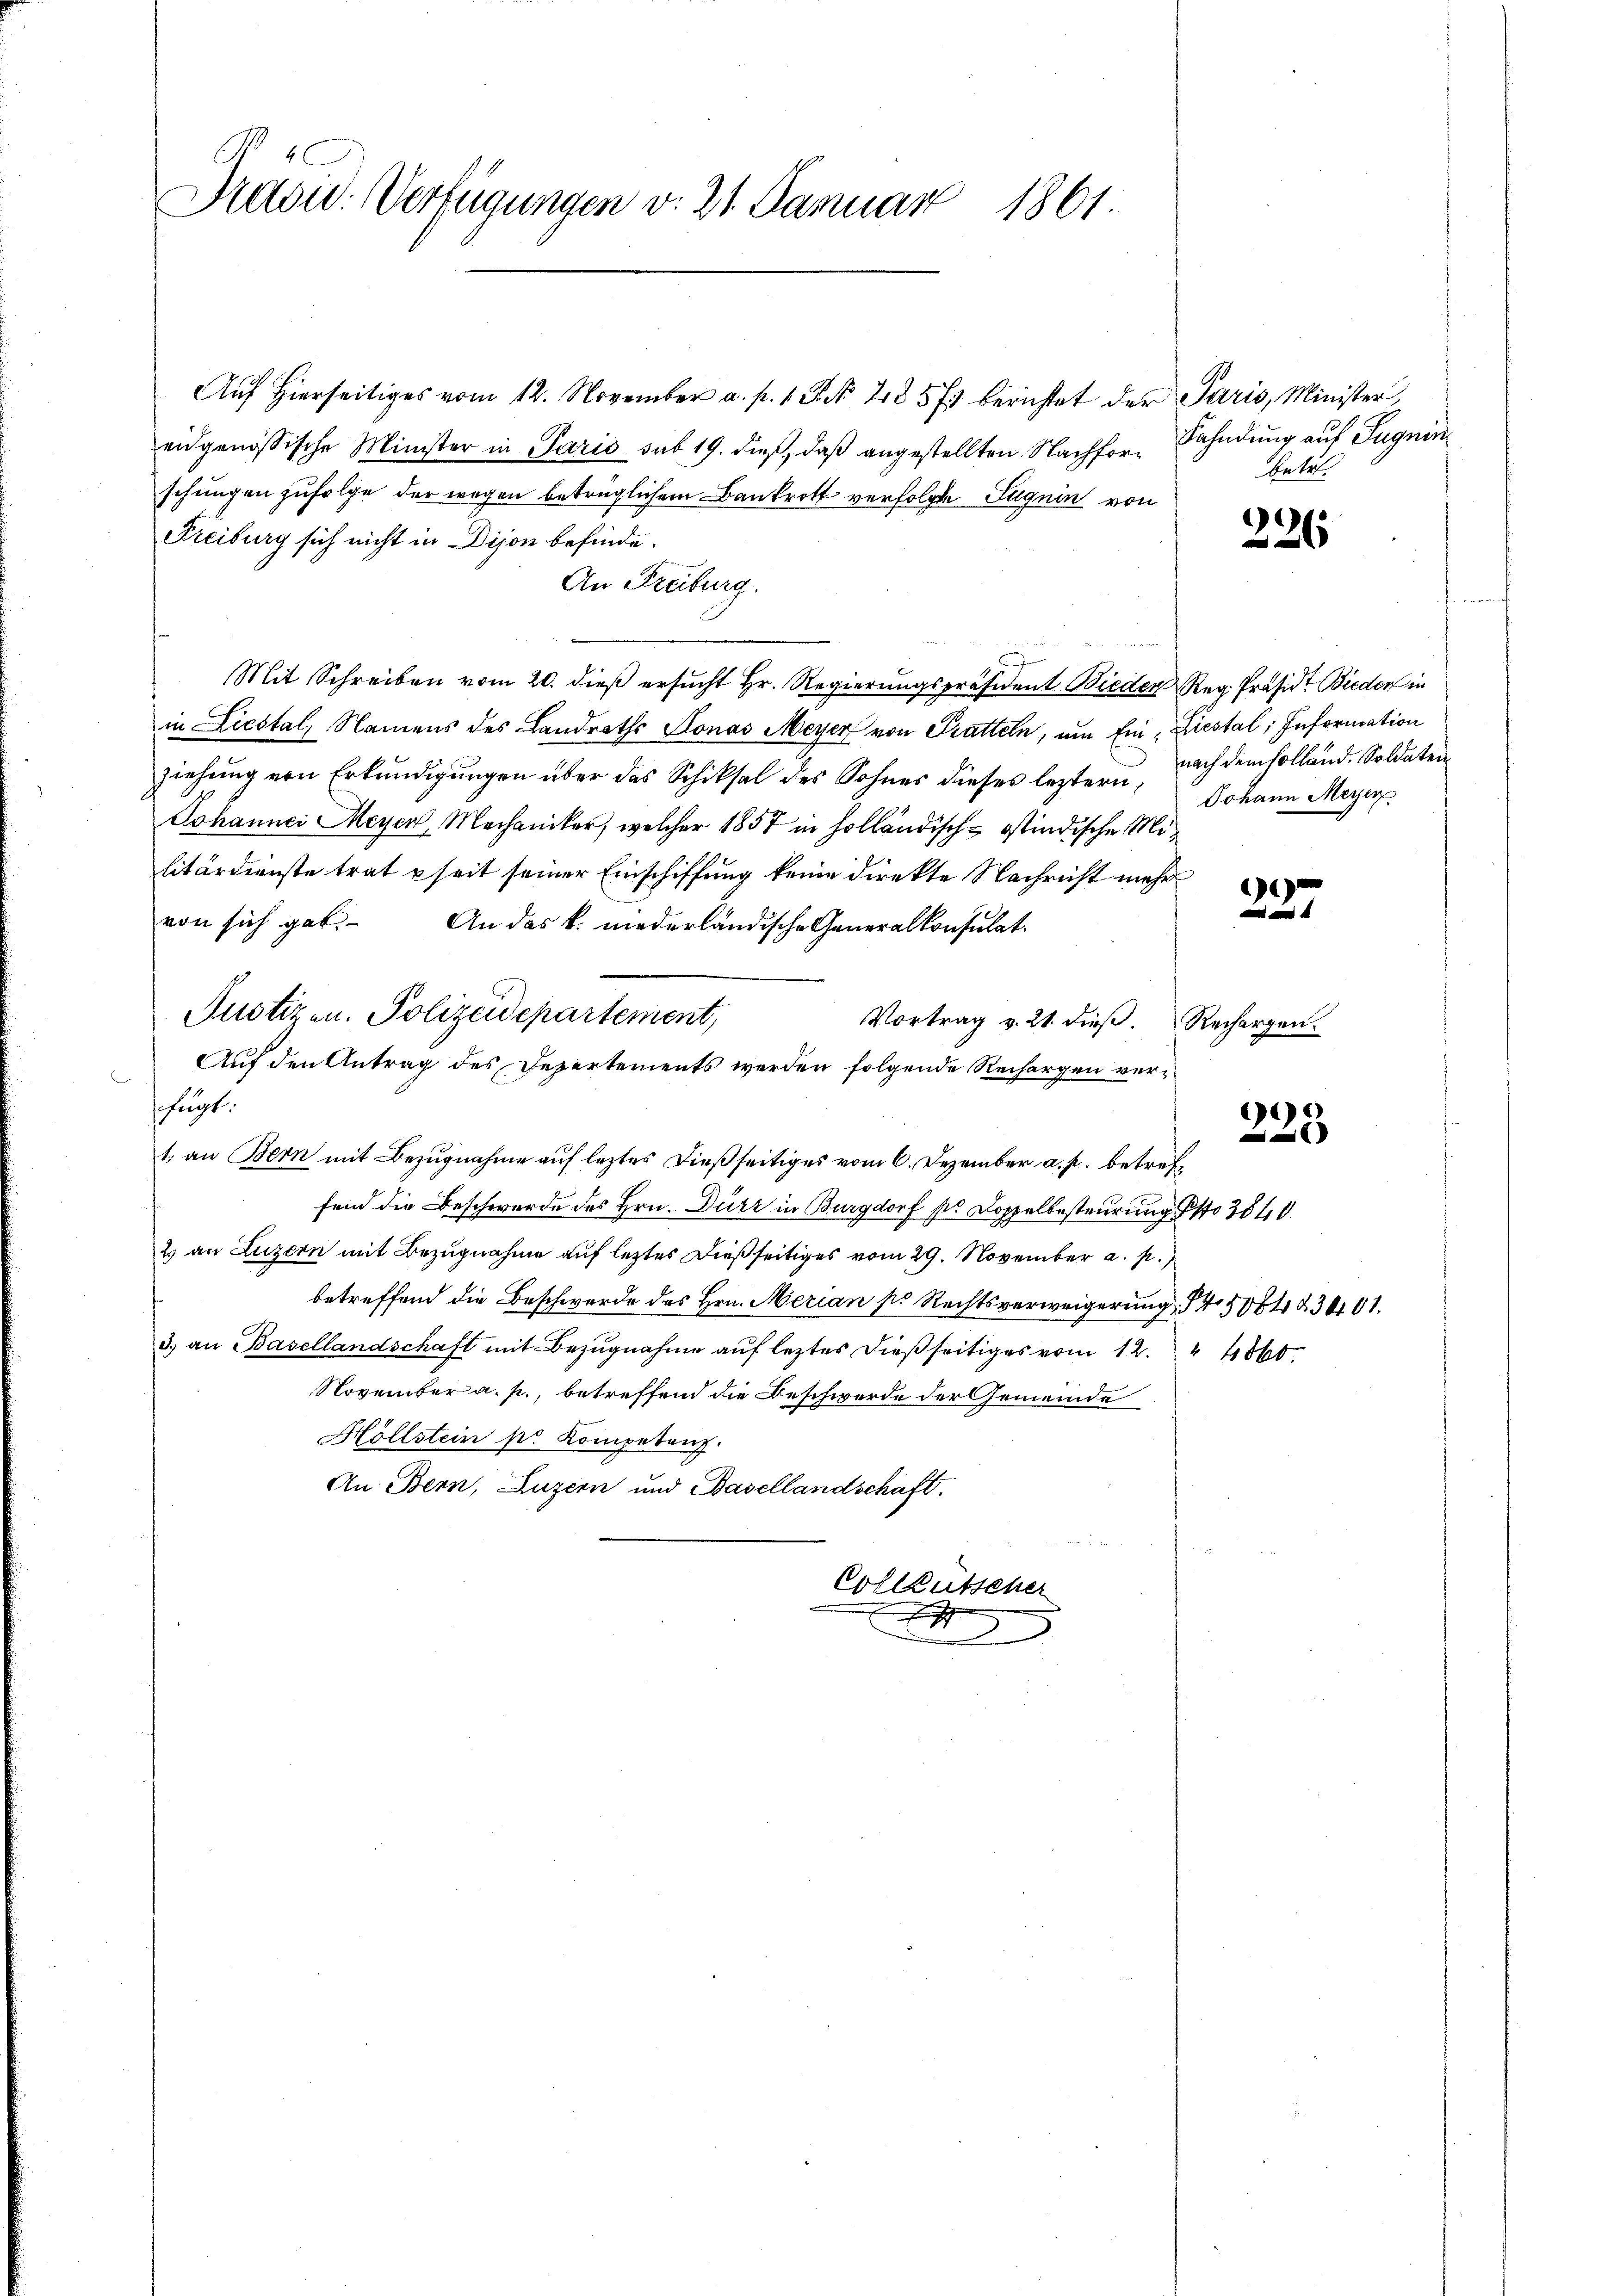
Draou: Verfügungen v. 21. Januar 1861

Aŭf Hierseitiges vom 12. November a. p. 1 S. 2857 berichtet der Paris, Minister,
eidgenössische Minister in Paris sub 19. dieß, daß angestellten Nachfor-Bahndung auf Sugninsehungen zufolge der wegen betrüglichem Bankrott verfolgte Jugein von
Freiburg sich nicht in Dijon befinde.
An Freiburg.
1
Mit Schreiben vom 20. dieß ersucht Hr. Regierungspräsident Bieder Reg. Präsid. Bieder in
in Liestal, Namens des Landraths Sonas Meyer von Pratteln, um Ein Liestal; Information
ziehung von Erkundigungen über das Schicksal des Sohnes dieses leztern, Johann Meyer
Johannei Meyer, Mechaniker, welcher 1857 in holländisch-ostindische Militärdienste trat seit seiner Einschiffung keine direkte Nachricht mehr
von sich gab. An das k. niederländische Generalkonsulat
Justizen. Polizeidepartement,
Vortrag v. 21. dieβ. Rechargen.
Auf den Antrag des Departements werden folgende Rechargen verfugt.
1, an Bern mit Bezugnahme auf leztes dießseitiges vom 6. Dezember a. p. betreffend die Beschwerde des Hrn. Dürr in Burgdorf so Doppelbesteurung No 3840
2 an Luzern mit Bezugnahme auf leztes dießseitiges vom 29. November a. p.)
betreffend die Beschwerde des Hrn. Merian s. Rechtsverweigerung 4 5064 § 3401.
3.) an Basellandschaft mit Bezugnahme auf leztes dießseitiges vom 12. " 4860.
November a. p., betreffend die Beschwerde der Gemeinde
Höllstein pr. Kompetenz.
An Bern, Luzern und Basellandschaft.
Colleutscher
1
d

betr.

226

nach dem Holland. Soldaten

)
e

225